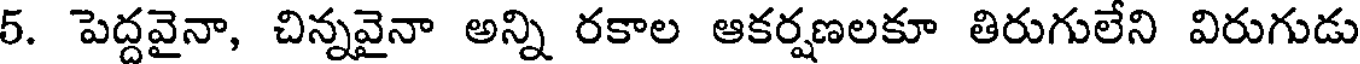
5. పెద్దవైనా, చిన్నవైనా అన్ని రకాల ఆకర్షణలకూ తిరుగులేని విరుగుడు